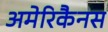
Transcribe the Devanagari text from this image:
अमेरिकैनस